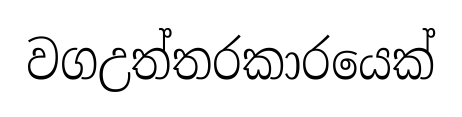
වගඋත්තරකාරයෙක්